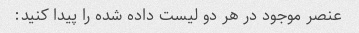
عنصر موجود در هر دو لیست داده شده را پیدا کنید: